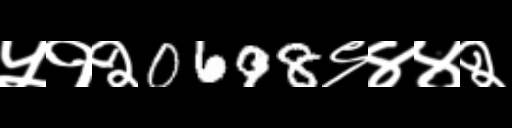
Text: ५१२0698९४४२